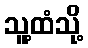
သူ့ထံသို့